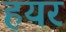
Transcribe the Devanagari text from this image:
हयर